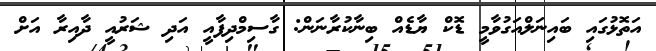
އަތޮޅުގައި ބައިނަލްއަގުވާމީ ޑޮކް ޔާޑެއް ބިނާކުރާނަން: ގާސިމްދިފާއީ އަދި ޝަރުއީ ދާއިރާ އަށް